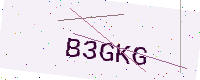
Text: B3GKG